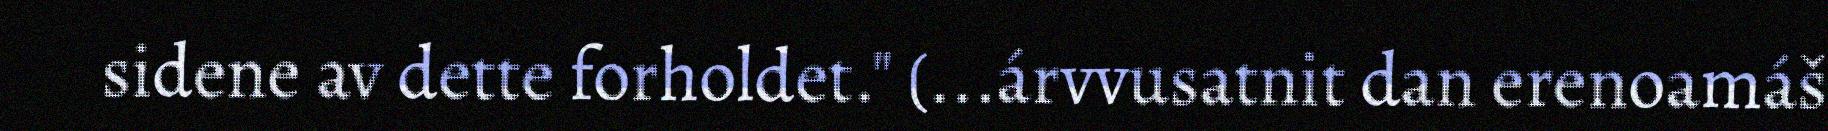
sidene av dette forholdet." (...árvvusatnit dan erenoamáš